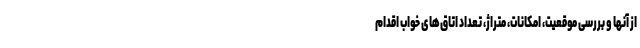
از آنها و بررسی موقعیت، امکانات، متراژ، تعداد اتاق‌های خواب اقدام